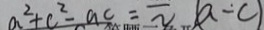
a ^ { 2 } + c ^ { 2 } - a c = \overline { v } ( a - c )